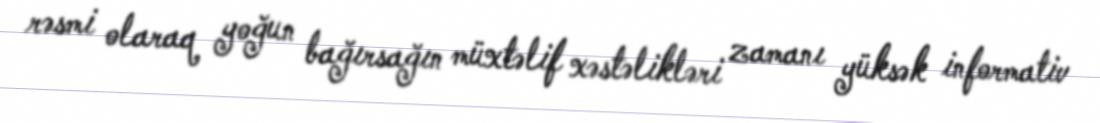
rəsmi olaraq yoğun bağırsağın müxtəlif xəstəlikləri zamanı yüksək informativ